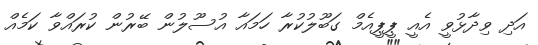
އަދި ވިދާޅުވީ އެއީ ޕީޕީއެމް ގަބޫލުކުރާ ހަމައާ އުސޫލުން ބޭރުން ކުރައްވާ ކަމެއް